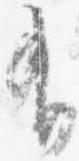
有